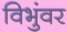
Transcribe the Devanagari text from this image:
विभुंवर